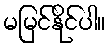
မမြင်နိုင်ပါ။